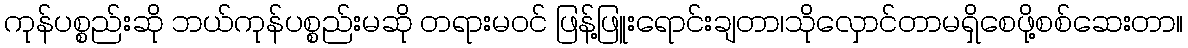
ကုန်ပစ္စည်းဆို ဘယ်ကုန်ပစ္စည်းမဆို တရားမဝင် ဖြန့်ဖြူးရောင်းချတာ၊သိုလှောင်တာမရှိစေဖို့စစ်ဆေးတာ။